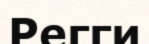
Регги